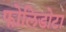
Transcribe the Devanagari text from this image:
फोलिडोटा